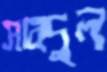
সাবদুল